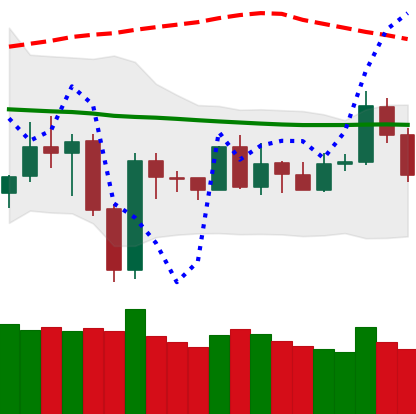
Ticker: NEO-USD
Chart end date: 2019-12-31
Forward return: 4.378%
Label: up_3_5